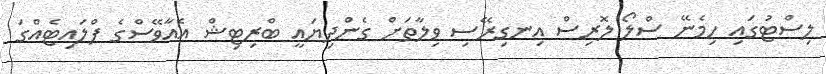
ލިސްޓުގައި ހިމެނޭ ސްލޯ ލޮރިސް އިނގިރޭސި ވިލާތަށް ގެންދިޔައީ ބްރިޓިޝް އެއާވޭސްގެ ފްލައިޓެއްގަ